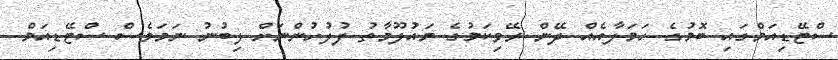
ސްޓޭޑިއަމްގައި ބޮމުގެ ހަމަލާއެއް ދޭން ރޭވިކަމުގެ މައުލޫމާތު ފުލުހުންނަށް ލިބުނު ނަމަވެސް ސްޓޭޑިއަމް